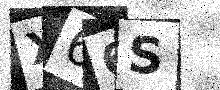
Text: X66S